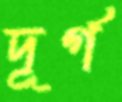
দূর্গ